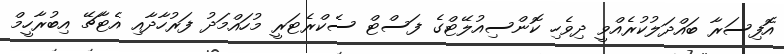
އޮފިސަރާ ބައްދަލުކުރެއްވީ ދިވެހި ކޮންސިއުލޭޓްގެ ފަސްޓް ސެކްރެޓަރީ މުހައްމަދު ފަރުހާދާއި އެޓާޗޭ އިބުރާހީމް